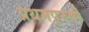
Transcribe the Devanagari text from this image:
प्रथमपुरुषी